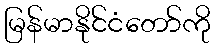
မြန်မာနိုင်ငံတော်ကို